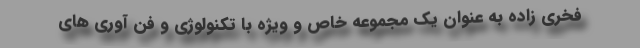
فخری زاده به عنوان یک مجموعه خاص و ویژه با تکنولوژی و فن آوری های